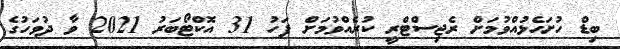
ބިޑް ހުށަހެޅުއްވުމަށް ރެޖިސްޓްރީ ކުރެއްވުމަށް ފަހު 31 އޮކްޓޯބަރު 2021 ވާ ދުވަހުގެ